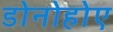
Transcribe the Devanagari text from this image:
डोनोहोए